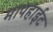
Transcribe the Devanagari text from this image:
मापहाईट